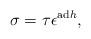
LaTeX: \begin{align*} \sigma=\tau \epsilon^{{\rm ad} h}, \end{align*}